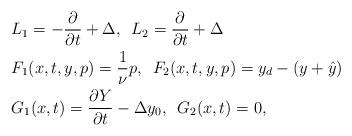
LaTeX: \begin{align*}&L_1=-\frac{\partial}{\partial t}+\Delta ,\,\,\, L_2=\frac{\partial}{\partial t}+\Delta \\&F_1(x,t,y,p)=\frac{1}{\nu}p,\,\,\,F_2(x,t,y,p)=y_d-(y+\hat{y})\\&G_1(x,t)=\frac{\partial Y}{\partial t}-\Delta y_0,\,\,\,G_2(x,t)=0,\end{align*}